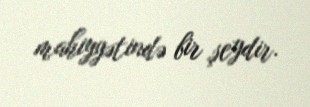
mahiyyətində bir şeydir.